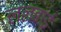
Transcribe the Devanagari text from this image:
ललबाई